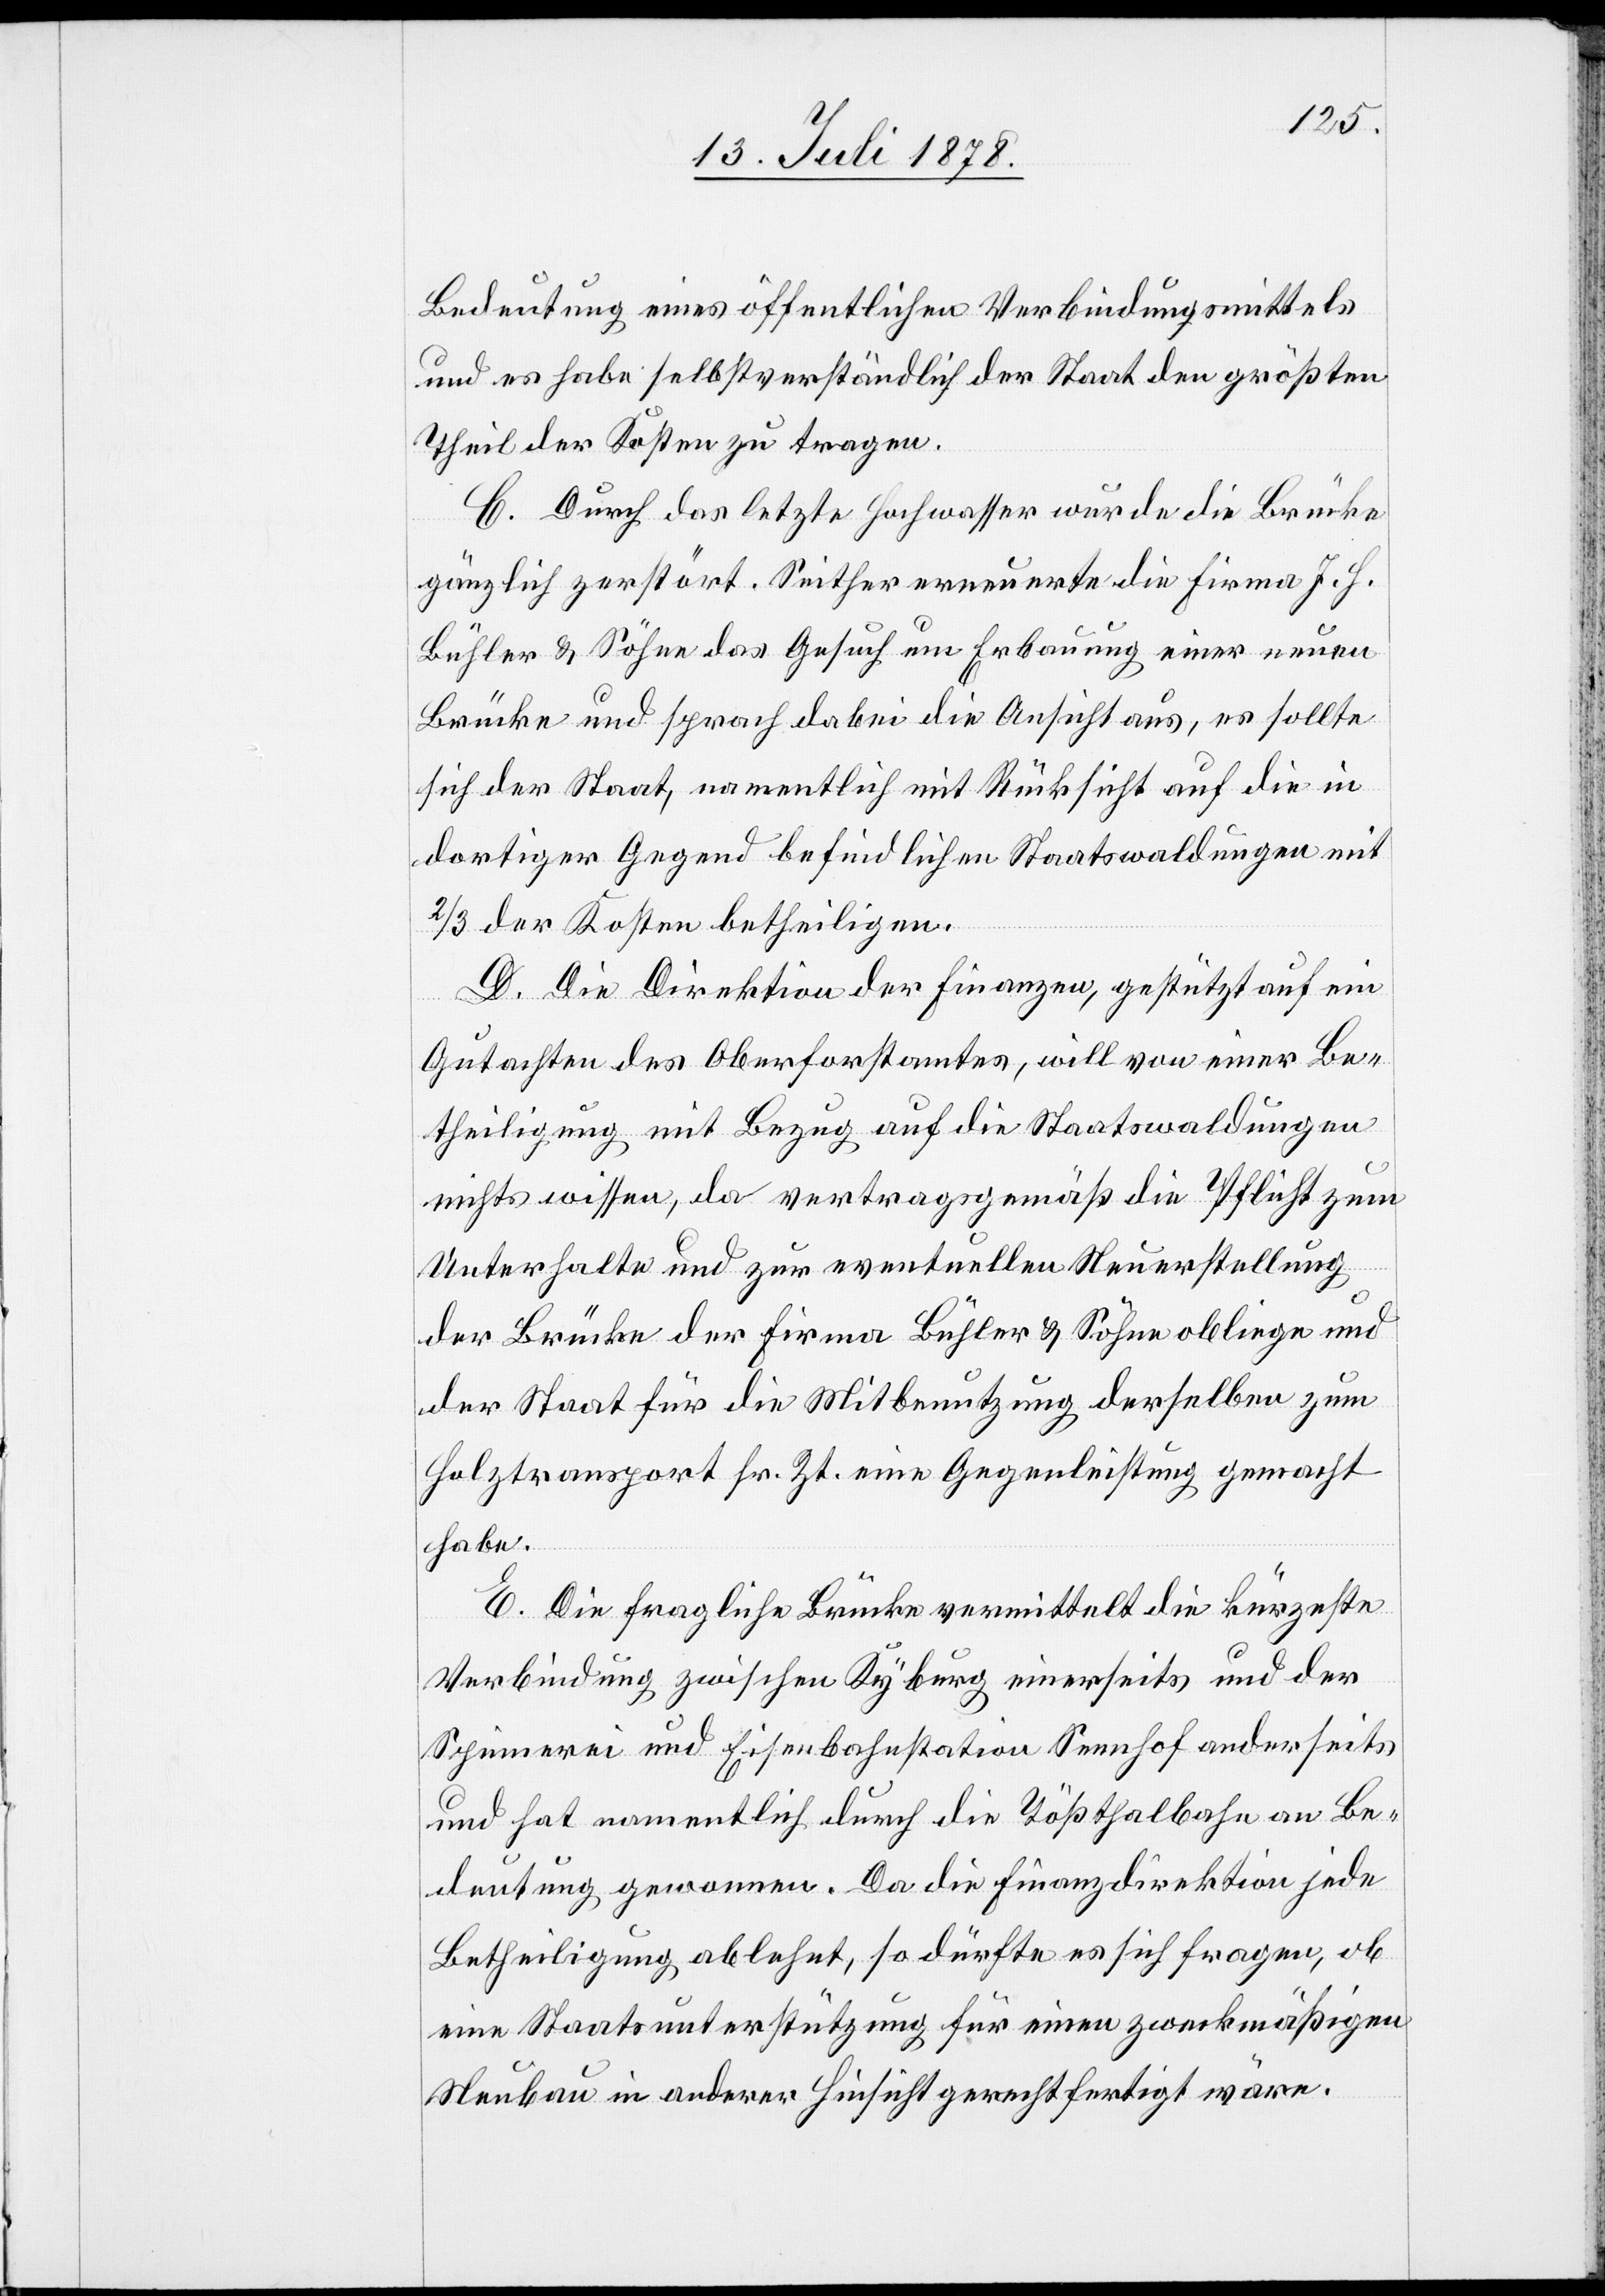
Bedeutung eines öffentlichen Verbindungsmittels
und es habe selbstverständlich der Staat den größten
Theil der Kosten zu tragen.
C. Durch das letzte Hochwasser wurde die Brücke
gänzlich zerstört. Seither erneuerte die Firma J. H.
Bühler & Söhne das Gesuch um Erbauung einer neuen
Brücke und sprach dabei die Ansicht aus, es sollte
sich der Staat, namentlich mit Rücksicht auf die in
dortiger Gegend befindlichen Staatswaldungen mit
2/3 der Kosten betheiligen.
D. Die Direktion der Finanzen, gestützt auf ein
Gutachten des Oberforstamtes, will von einer Be¬
theiligung mit Bezug auf die Staatswaldungen
nichts wissen, da vertragsgemäß die Pflicht zum
Unterhalte und zur eventuellen Neuerstellung
der Brücke der Firma Bühler & Söhne obliege und
der Staat für die Mitbenutzung derselben zum
Holztransport sr. Zt. eine Gegenleistung gemacht
habe.
E. Die fragliche Brücke vermittelt die kürzeste
Verbindung zwischen Kyburg einerseits und der
Spinnerei und Eisenbahnstation Sennhof anderseits
und hat namentlich durch die Tößthalbahn an Be¬
deutung gewonnen. Da die Finanzdirektion jede
Betheiligung ablehnt, so dürfte es sich fragen, ob
eine Staatsunterstützung für einen zweckmäßigen
Neubau in anderer Hinsicht gerechtfertigt wäre.